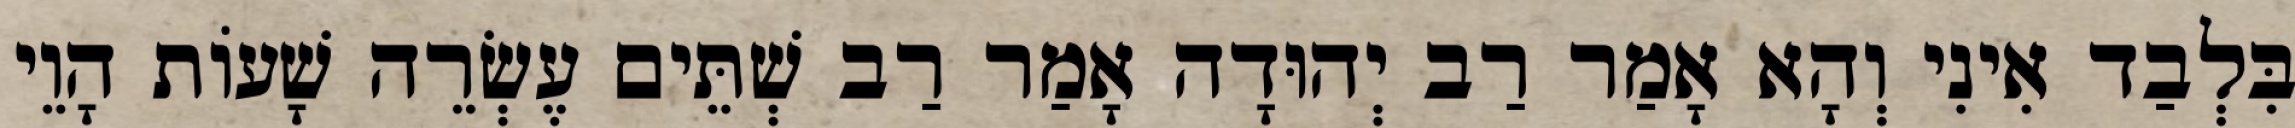
בִּלְבַד אִינִי וְהָא אָמַר רַב יְהוּדָה אָמַר רַב שְׁתֵּים עֶשְׂרֵה שָׁעוֹת הָוֵי